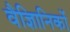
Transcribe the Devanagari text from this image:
वैज्ञिानिकों